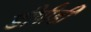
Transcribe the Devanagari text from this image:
डीपीडी